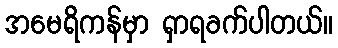
အမေရိကန်မှာ ရှာရခက်ပါတယ်။